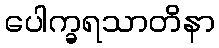
ပေါက္ခရသာတိနာ